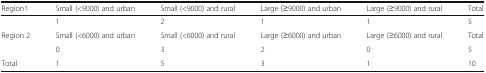
<table><thead><tr><td><b>Region1</b></td><td><b>Small (&lt;9000) and urban</b></td><td><b>Small (&lt;9000) and rural</b></td><td><b>Large (≥9000) and urban</b></td><td><b>Large (≥9000) and rural</b></td><td><b>Total</b></td></tr></thead><tbody><tr><td></td><td>1</td><td>2</td><td>1</td><td>1</td><td>5</td></tr><tr><td>Region 2</td><td>Small (&lt;6000) and urban</td><td>Small (&lt;6000) and rural</td><td>Large (≥6000) and urban</td><td>Large (≥6000) and rural</td><td>Total</td></tr><tr><td></td><td>0</td><td>3</td><td>2</td><td>0</td><td>5</td></tr><tr><td>Total</td><td>1</td><td>5</td><td>3</td><td>1</td><td>10</td></tr></tbody></table>